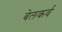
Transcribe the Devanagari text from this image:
बेलकर्व